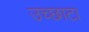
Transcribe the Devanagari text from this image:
उच्छाटा